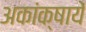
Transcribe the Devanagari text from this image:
अकांक्षायें